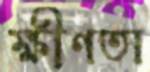
ক্ষীণতা